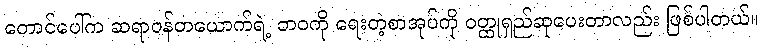
တောင်ပေါ်က ဆရာဝန်တယောက်ရဲ့ ဘဝကို ရေးတဲ့စာအုပ်ကို ဝတ္ထုရှည်ဆုပေးတာလည်း ဖြစ်ပါတယ်။